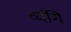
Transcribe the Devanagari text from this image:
व्यंगि